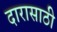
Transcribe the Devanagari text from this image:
दारासाठी